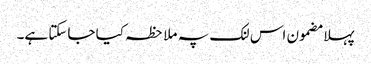
پہلا مضمون اس لنک پہ ملاحظہ کیا جاسکتا ہے۔